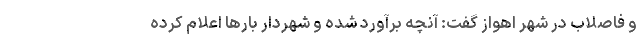
و فاصلاب در شهر اهواز گفت: آنچه برآورد شده و شهردار بار‌ها اعلام کرده